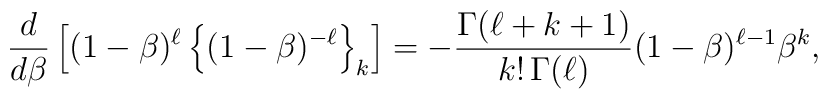
{d\over d\beta}   \left[(1-\beta)^\ell\left\{(1-\beta)^{-\ell}\right\}_k\right]=   -{\Gamma(\ell+k+1)\over k!\,\Gamma(\ell)}(1-\beta)^{\ell-1}\beta^k,